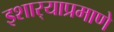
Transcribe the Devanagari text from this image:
इशार्‍याप्रमाणे